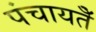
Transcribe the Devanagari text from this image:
पंचायतेँ